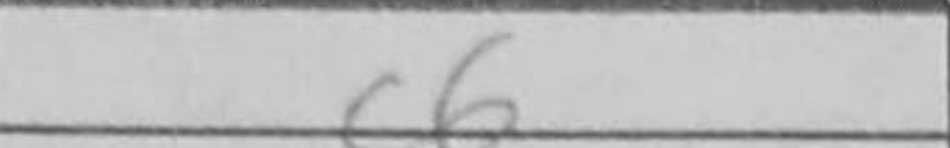
Transcription: c6